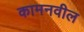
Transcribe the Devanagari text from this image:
कामनवील